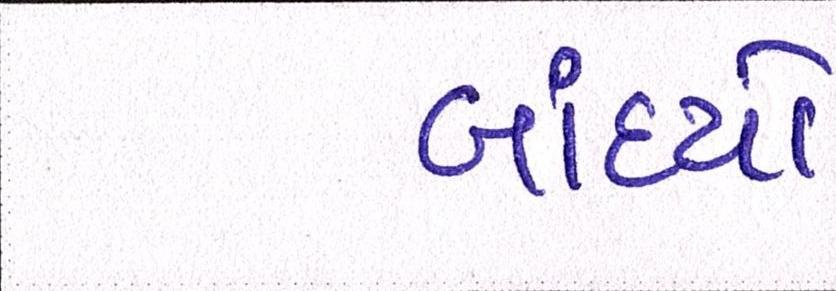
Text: બાંધ્યો